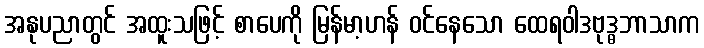
အနုပညာတွင် အထူးသဖြင့် စာပေကို မြန်မာ့ဟန် ဝင်နေသော ထေရဝါဒဗုဒ္ဓဘာသာက